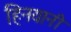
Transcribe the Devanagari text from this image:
हिनयानी